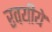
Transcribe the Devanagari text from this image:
रवयीये